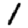
Digit: 1